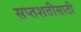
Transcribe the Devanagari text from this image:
सप्तशतीसाठी